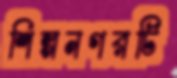
শিল্পনগরটি